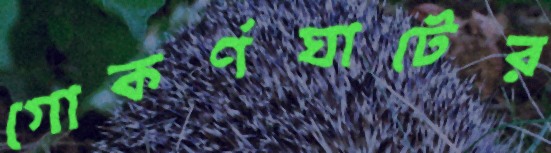
গোকর্ণঘাটের